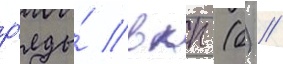
р'яды́ вкп (б) //